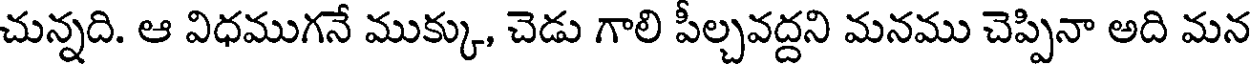
చున్నది. ఆ విధముగనే ముక్కు, చెడు గాలి పీల్చవద్దని మనము చెప్పినా అది మన